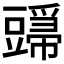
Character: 𬤸